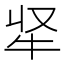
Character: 𭷘